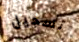
تسجيل